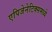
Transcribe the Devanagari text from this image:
एपिजेनेटिक्समध्ये